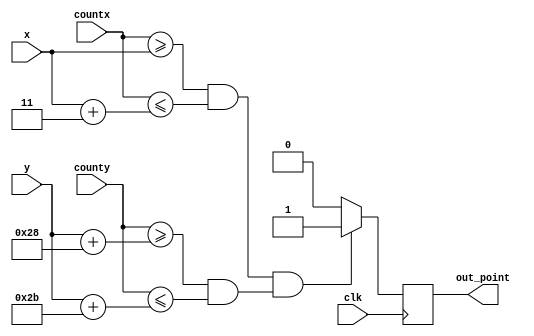
module draw_point(
input wire clk,
input wire [10:0] x,
input wire [9:0] y,
input wire [10:0]countx,
input wire [9:0]county,
output reg out_point);

	parameter[10:0]ffx = 11'd3;
	parameter[10:0]xfx = 11'd6;
	parameter[9:0]ffy = 10'd40;
	parameter[9:0]yfy = 10'd43;

always @ (posedge clk)
	begin					
	if  (((countx >= x)&&(countx <= (x+ffx)))&&((county >= (y+ffy))&&(county <= (y+yfy)))) 	
		begin
			out_point = 1;
		end
		else 
			out_point = 0;				
	end
endmodule